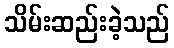
သိမ်းဆည်းခဲ့သည်